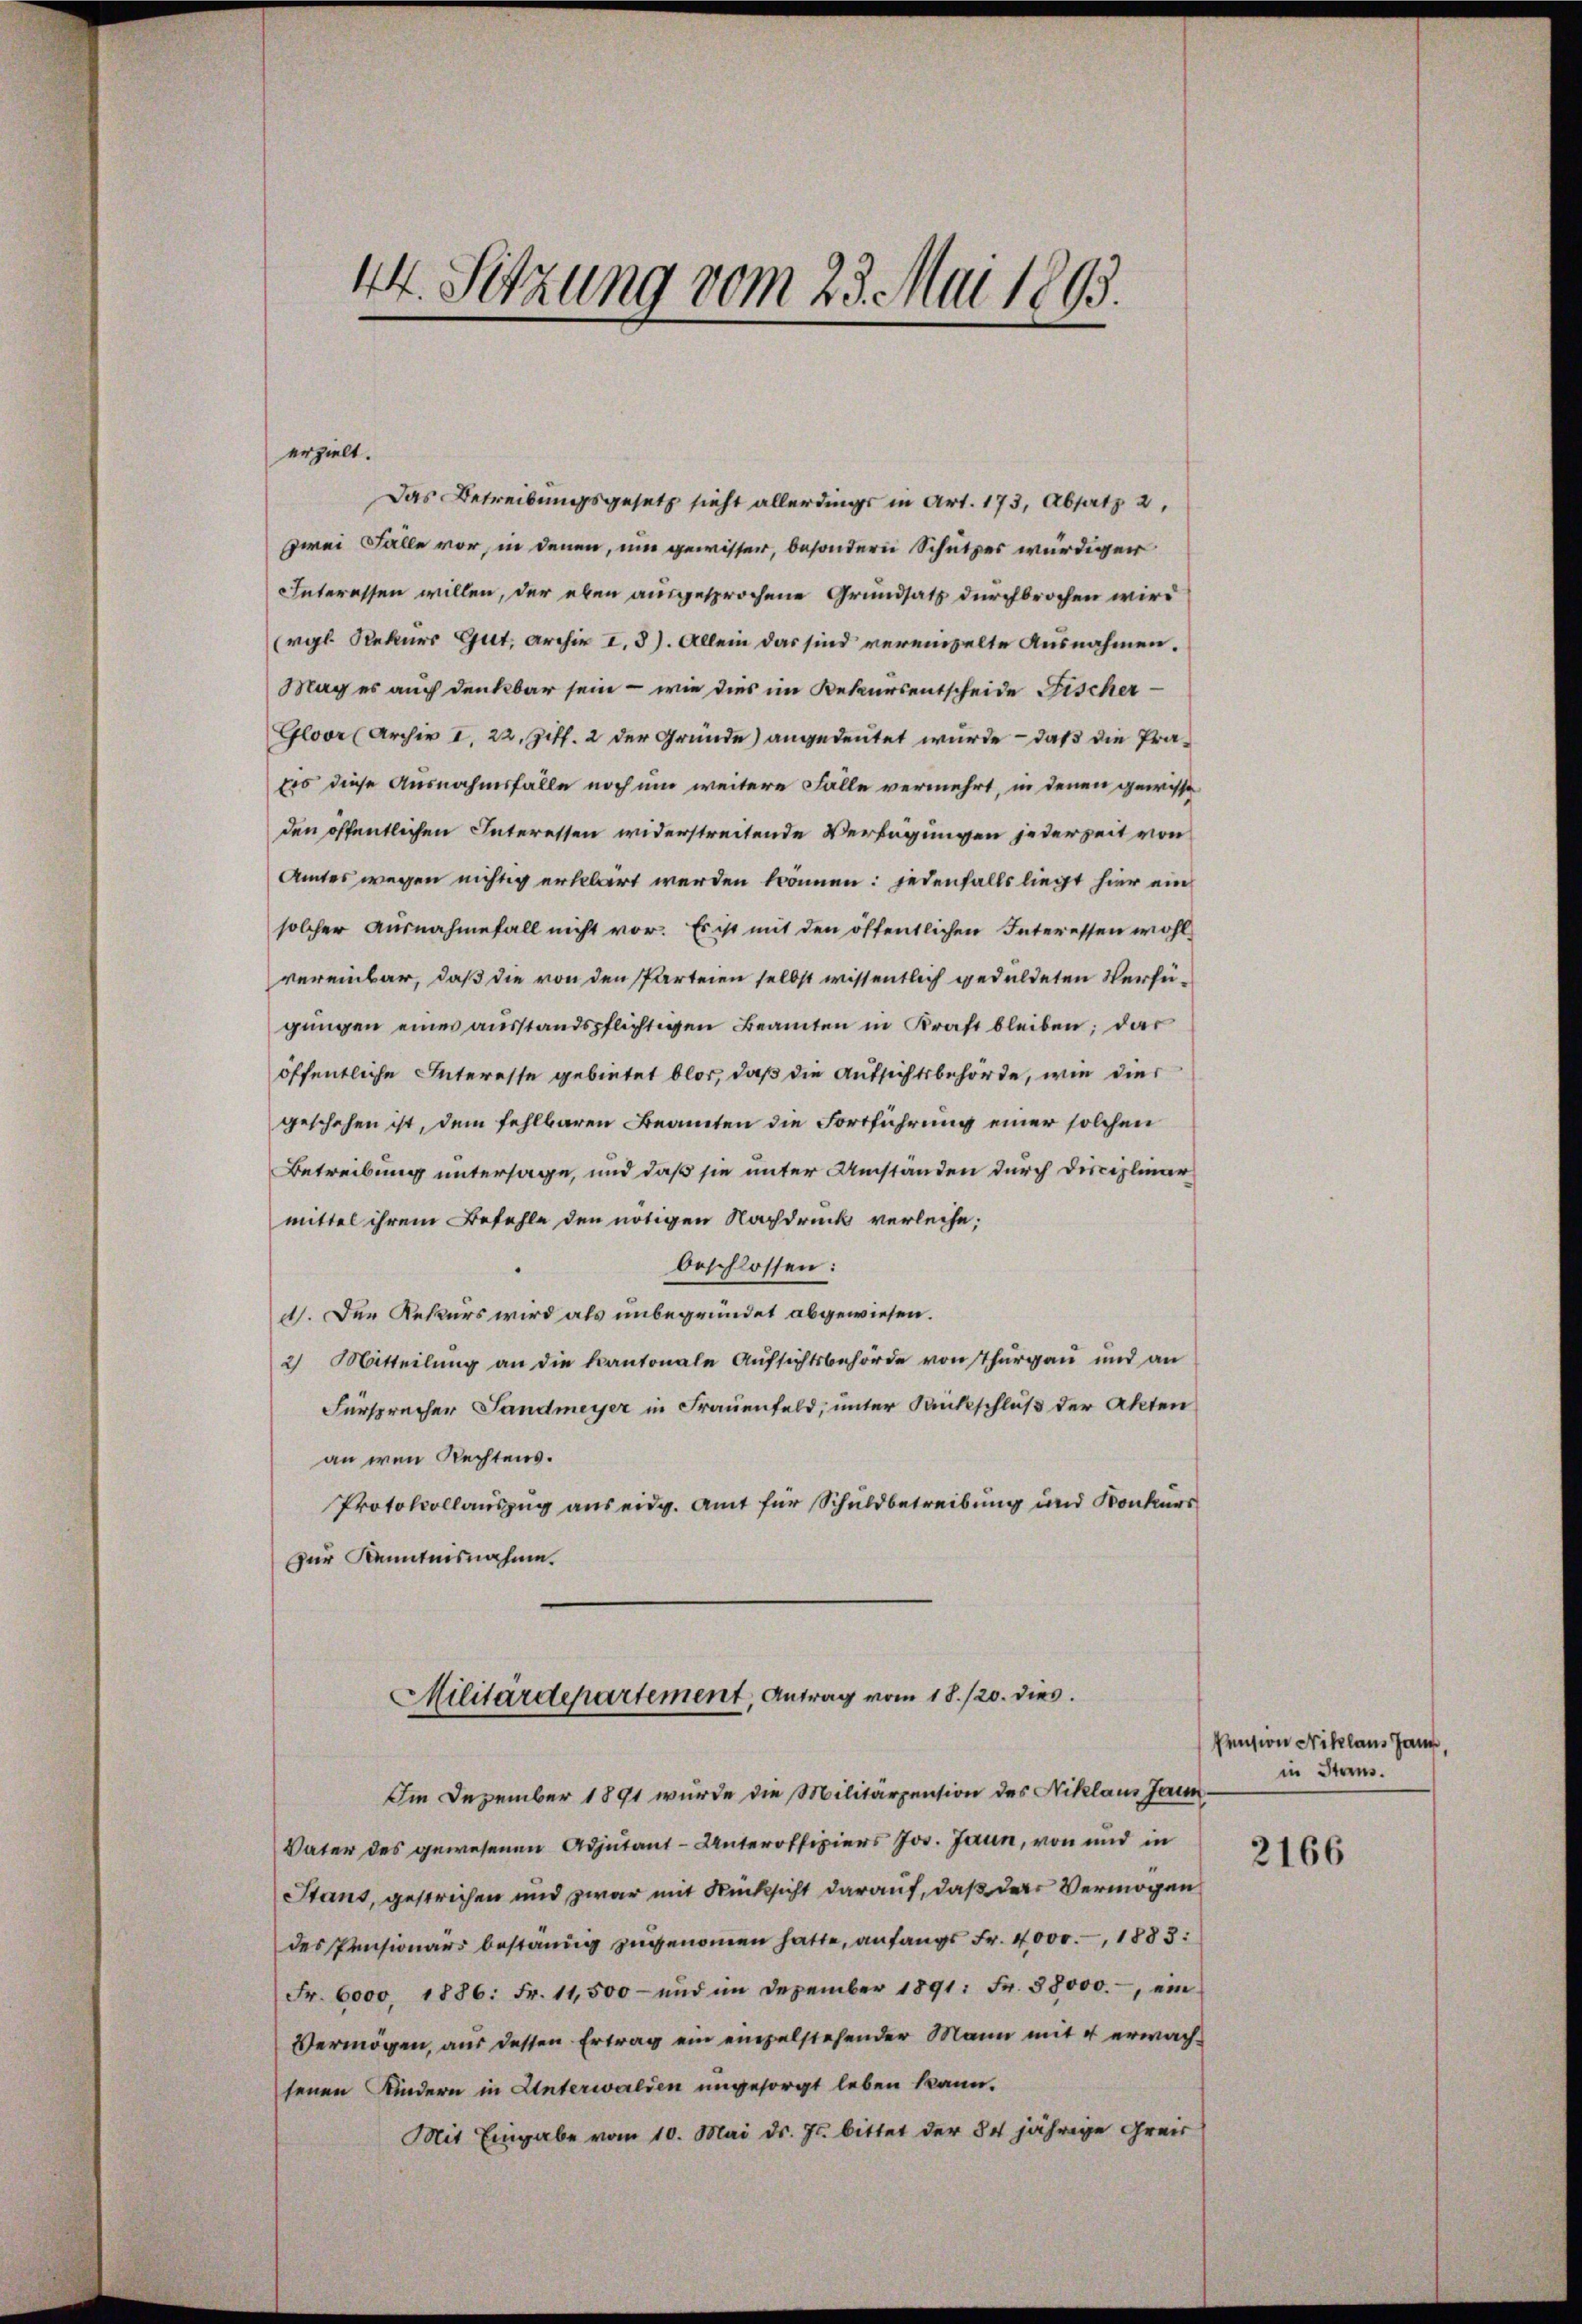
44. Setzung vom 23. Mai 1893.

erzielt.
Das Betreibungsgesetz sieht allerdings in Art. 173, Absatz 2,
zwei Fälle vor, in denen, um gewisser, besondern Schutzes würdiger
Interessen willen, der eben ausgesprochene Grundsatz durchbrochen wird
Ergl Rekurs Gut, Archiv I. 3). Allein das sind vereinzelte Ausnahmen.
Mag es auch denkbar sein – wie dies im Rekursentscheide Fischer¬
Gloor (Archiv I, 22. Ziff. 2 der Grunde) angedeutet wurde – daß die Präeo diese Ausnahmsfalle noch um weitere Falle vermehrt, in denen gewisse
den öffentlichen Interessen widerstreitende Verfügungen jederzeit von
Amtes wegen nichtig erklärt werden können: jedenfalls liegt hier ein
solcher Ausnahmefall nicht vor. Es ist mit den öffentlichen Interessen wohl
vereinbar, daß die von den Parteien selbst wissentlich geduldeten Verfügŭngen einer ausstandspflichtigen Beamten in Kraft bleiben; das
öffentliche Interesse gebietet blos, daß die Aufsichtsbehörde, wie dies
geschehen ist, dem fehlbaren Beamten die Fortführung einer solchen
Betreibung untersage, und daß sie unter Umstanden durch Disciplinar
mittel ihrem Befehle den nötigen Nachdruck verleihe;
beschlossen:
d). Der Rekurs wird als unbegründet abgewiesen.
2) Mitteilŭng an die kantonale Aufsichtsbehörde von Thurgau und an
Fürsprecher Landmeyer in Frauenfeld, unter Rückschluß der Akten
an wenn Rechtens.
Protokollauszug aus eidg. Amt für Schuldbetreibung und Konkurs
zur Kenntnisnahme.
Militärdepartement, Antrag vom 18./20. dies
Im Dezember 1891 wurde die Militärzension des Niklaus Jaun,
Vater des gewesenen Adjutant-Unteroffiziers Jos. Jaun, von und in
Stans, gestrichen und zwar mit Rücksicht darauf, daß das Vermögen
des Pensionars beständig zugenommen hatte, anfangs Fr. 4000.-, 1883:
Fr. 6000. 1886: Fr. 11,500 - und im Dezember 1891: Fr. 38000.- ein
Vermögen, aus dessen Ertrag ein empelstehender Mann mit 4 erwachsenen Kindern in Unterwalden ungesorgt leben kann.
Mit Eingabe vom 10. Mai d. Js. bittet der 34jährige Greis

Pension Niklaus Jann,
in Steins.

2166